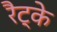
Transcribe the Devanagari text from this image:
रैट्के